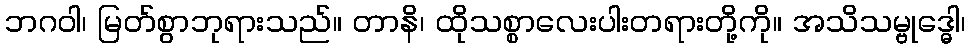
ဘဂဝါ၊ မြတ်စွာဘုရားသည်။ တာနိ၊ ထိုသစ္စာလေးပါးတရားတို့ကို။ အသိသမ္ဗုဒ္ဓေါ၊